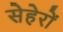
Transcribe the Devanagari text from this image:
सेहेरों